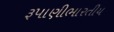
રૂપાણીભારતીય